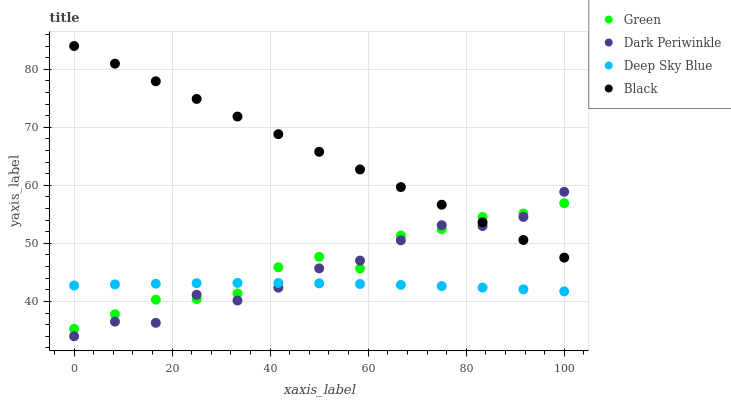
| xaxis_label | Green | Dark Periwinkle | Deep Sky Blue | Black |
 | --- | --- | --- | --- | --- |
 | 0 | 35.3 | 34 | 42.7 | 84 |
 | 8.33 | 37.8 | 36.5 | 42.9 | 81 |
 | 16.7 | 40.3 | 36.3 | 43.1 | 77.9 |
 | 25 | 40.4 | 41.2 | 43.1 | 74.9 |
 | 33.3 | 41.4 | 40.2 | 43.2 | 71.8 |
 | 41.7 | 45.9 | 42.4 | 43.2 | 68.8 |
 | 50 | 47.7 | 45.7 | 43.1 | 65.8 |
 | 58.3 | 45.7 | 47 | 43 | 62.7 |
 | 66.7 | 51.3 | 50.5 | 42.9 | 59.7 |
 | 75 | 52.4 | 53.1 | 42.6 | 56.7 |
 | 83.3 | 54.5 | 53 | 42.4 | 53.6 |
 | 91.7 | 55.1 | 54.6 | 42.1 | 50.6 |
 | 100 | 56.9 | 58.9 | 41.7 | 47.5 |